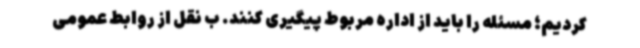
کردیم؛ مسئله را باید از اداره مربوط پیگیری کنند. ب نقل از روابط عمومی